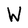
Character: W